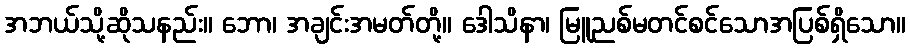
အဘယ်သို့ဆိုသနည်း။ ဘော၊ အချင်းအမတ်တို့။ ဒေါသိနာ၊ မြူညစ်မတင်စင်သောအပြစ်ရှိသော။